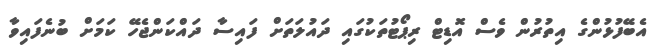
އެބޭފުޅުންގެ އިތުރުން ވެސް އޮޑިޓް ރިޕޯޓުތަކުގައި ދައުލަތަށް ފައިސާ ދައްކަންޖެހޭ ކަމަށް ބުނެފައިވާ